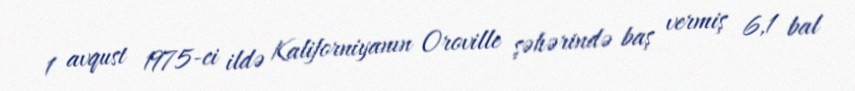
1 avqust 1975-ci ildə Kaliforniyanın Oroville şəhərində baş vermiş 6,1 bal